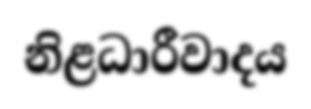
නිළධාරීවාදය